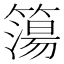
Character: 簜